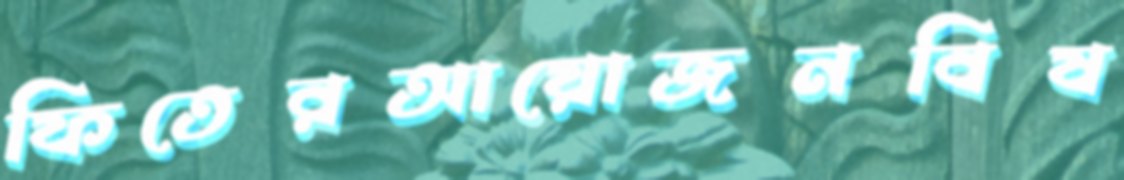
ফিতেরআয়োজনবিষ